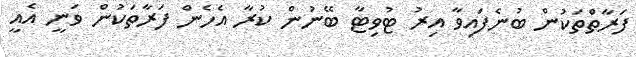
ފަރާތްތަކުން ބުނެފައިވާ އިރު ޓުވިޓާ ބޭނުން ކުރާ އެހެން ފަރާތަކުން ވަނީ އެއީ